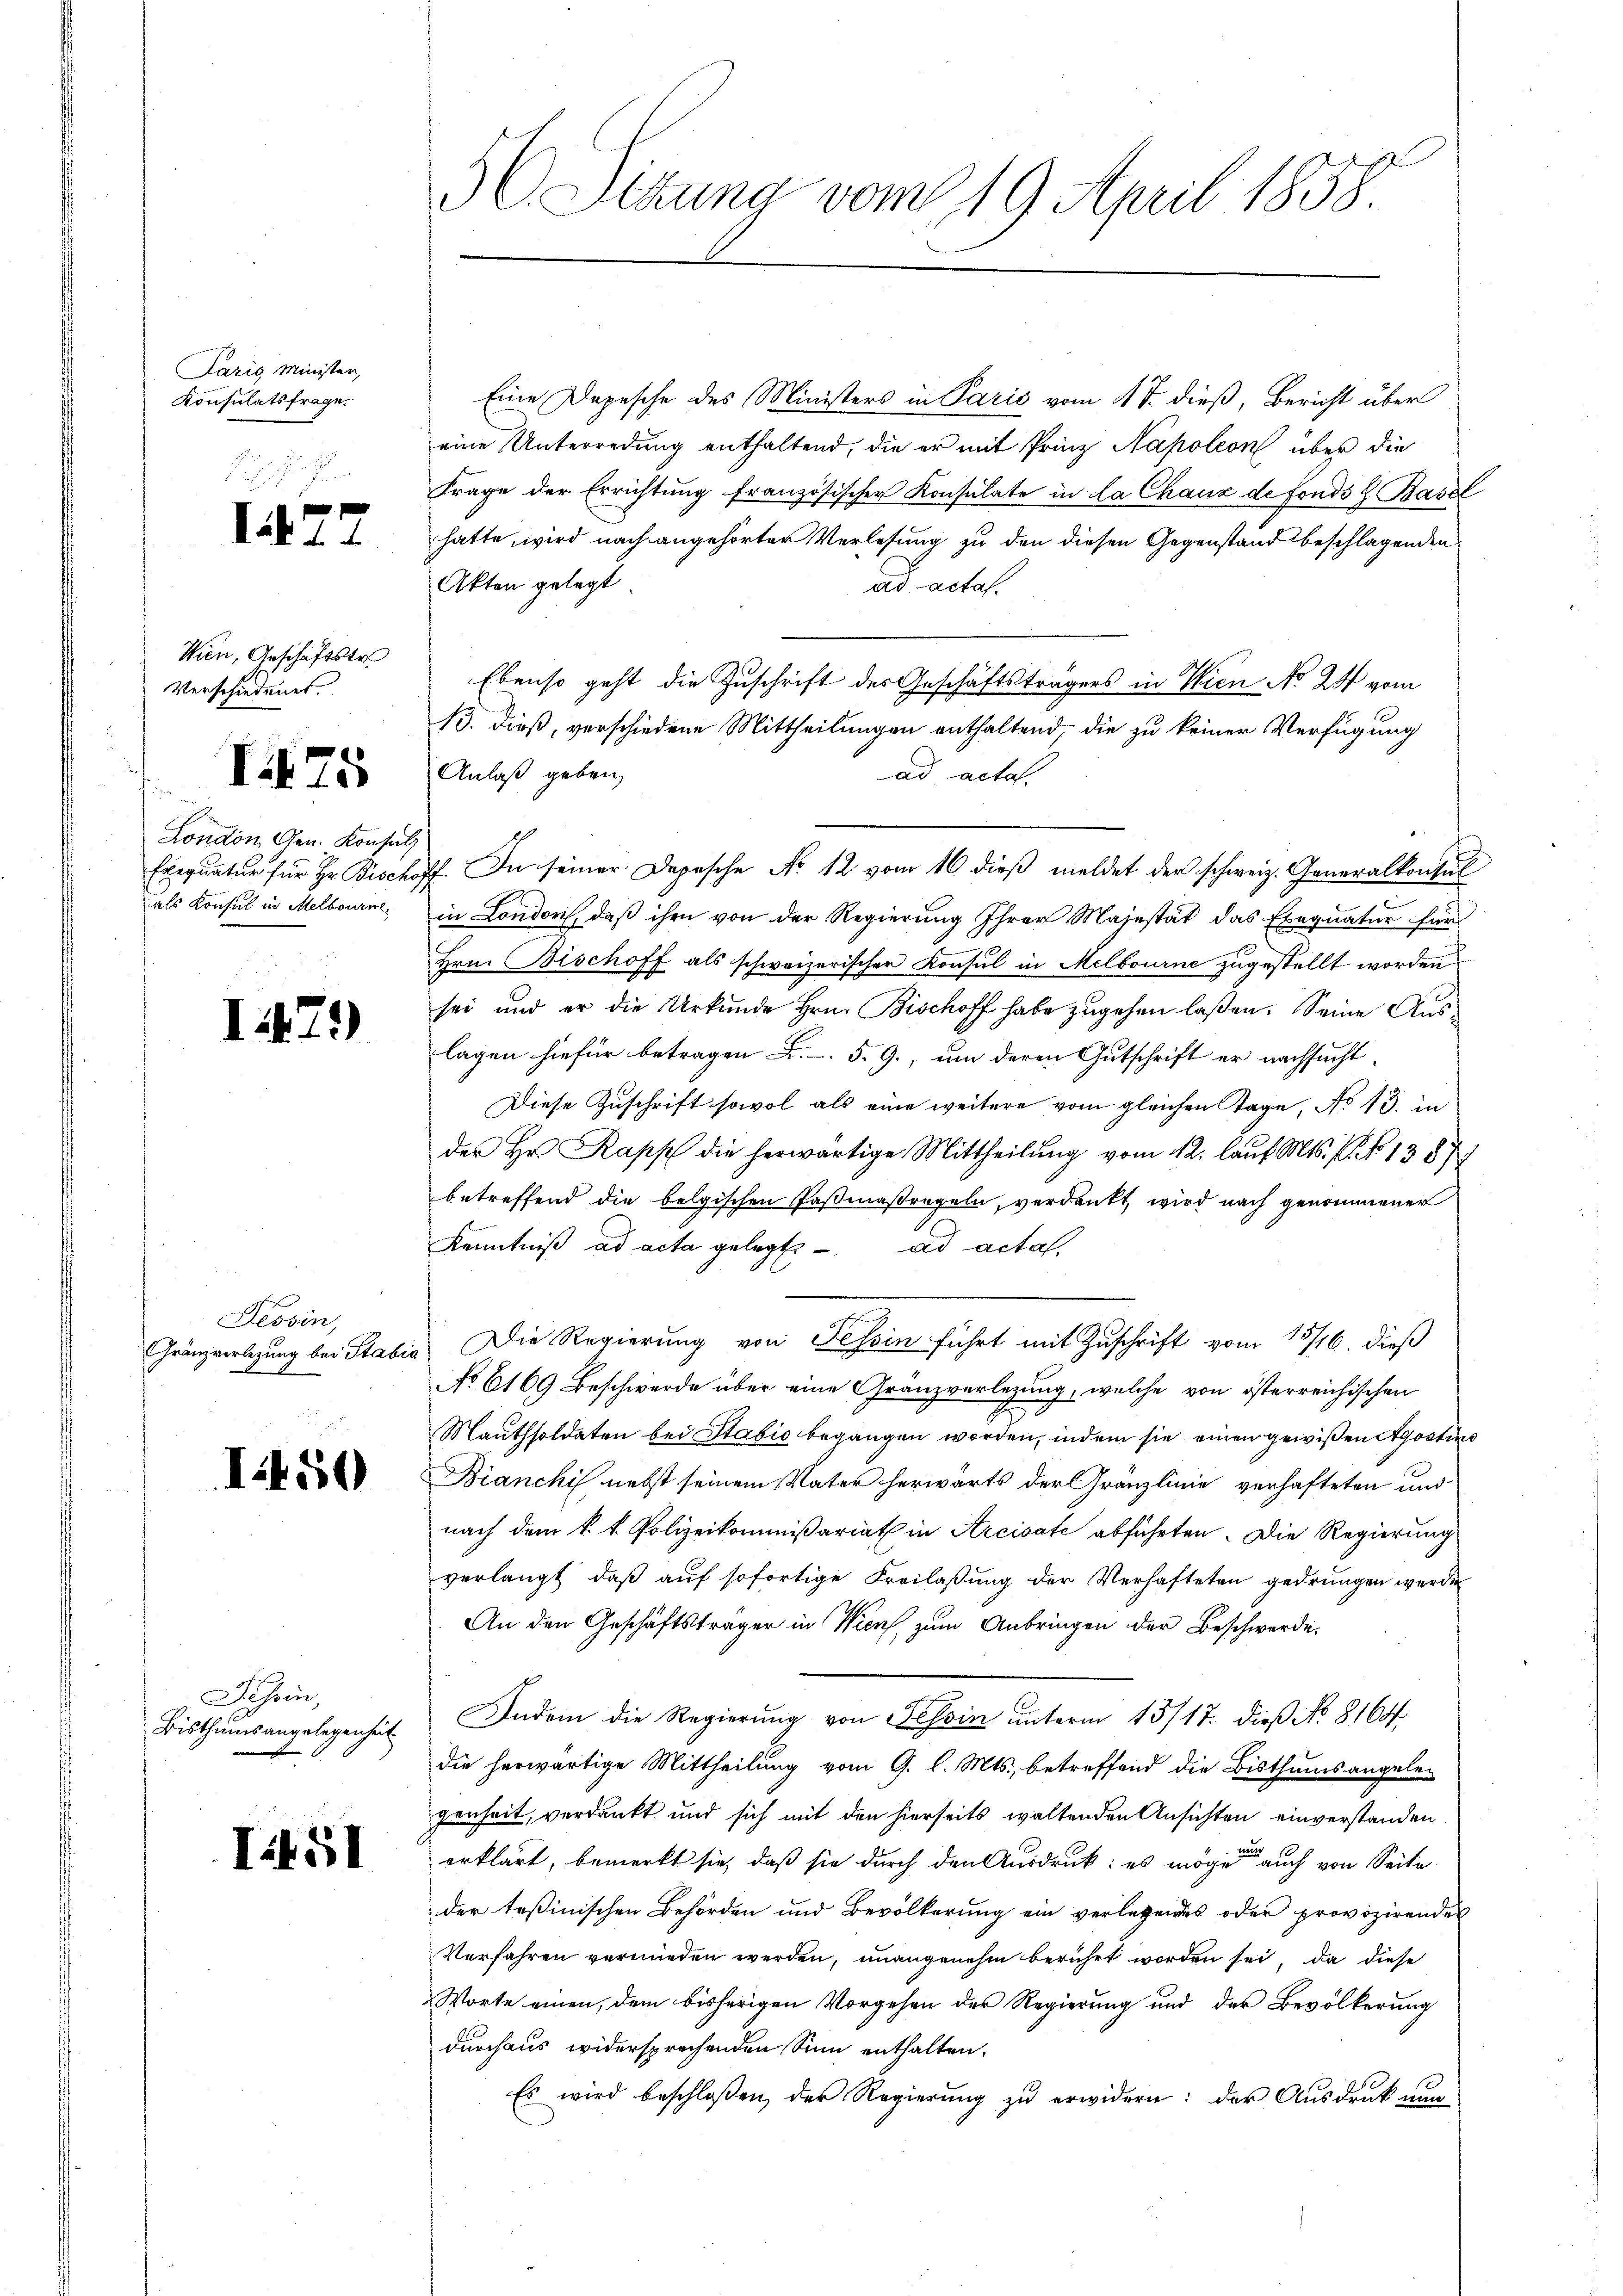
Paris Minister,
Konsulatsfrage.

177

Wien, Geschäftstr
Verschiedenes.

f

75

London, Gen. Konsuls
Exequatur für Hr. Bischo
als Konsul in Melbourne

1479

Tessin,
Gränzverlegung bei Stabe
e

I450

Schein,
Bisthums angelegenheit

I.151

36 Sttung vom 19. April 1858

Eine Depesche des Ministers in Paris vom 4 t. dieß, Bericht über
eine Unterredung enthaltend, die er mit Prinz Napoleon über die
Frage der Errichtung französischer Konsulate in la Chaux de fonds G. Basel
hatte, wird nach angehörter Verlesung zu den diesen Gegenstand beschlagenden
Akten gelegt
ad acta.
Ebenso geht die Zuschrift des Geschäftsträgers in Wien No 287 vom
13. dieß, verschiedene Mittheilungen enthaltend, die zu keiner Verfügung
Anlaß geben,
ad acta.
77. In seiner Depesche No 12 vom 16 dieß meldet der schweiz. Generalkonsul
in Londorf, daß ihm von der Regierung Ihrer Majestät das Exequatur für
Hrn. Bischoff als schweizerischer Konsul in Melbourne zugestellt worden
sei und er die Urkunde Hrn. Bischoff habe zugehen laßen. Seine Auslagen hiefür betragen . . 5. G., um deren Gutschrift er nachsucht,
Diese Zuschrift sowol als eine weitere vom gleichen Tage, No 13. in
der Hr. Rapp die herwärtige Mittheilŭng vom 12. laŭf. Mts. f. No 1387
betreffend die belgischen Paßmaßregeln, verdankt, wird nach genommener
Kenntniß ad acta gelegt. ad acta,
Die Regierung von Tessin führt mit Zuschrift vom 13/16. dieß
No 6169 Beschwerde über eine Gränzverlegung, welche von österreichischen
Mauthsoldaten bei Stabić begangen worden, indem sie einen gewißen Agostins
Bianchi nebst seinem Vater herwärts der Gränzlinie verhafteten und
nach dem k. k. Polizeikommißariat in Arcivate abführten. Die Regierung
verlangt, daβ aŭf sofortige Freilaβŭng der Verhafteten gedrungen werde
An den Geschäftsträger in Wien, zum Anbringen der Beschwerde.
Indem die Regierung von Tessin ŭnterm 13/17. dieß No 8164
die herwärtige Mittheilung vom 9. l. Mts., betreffend die Bisthums angelen
genheit, verdankt und sich mit den hierseits waltenden Ansichten einverstanden
erklärt, bemerkt sie, daß sie durch den Ausdruck: es mögen auch von Seite
der testinischen Behörden und Bevölkerung ein verletzendes oder provizirendes
Verfahren vermieden werden, unangenehm berührt worden sei, da diese
Worte einen, dem bisherigen Vorgehen der Regierung und der Bevölkerung
durchaus widersprechenden Sinn enthalten.
Es wird beschloßen, der Regierung zu erwidern: der Ausdruck nun